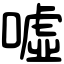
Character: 噓